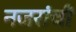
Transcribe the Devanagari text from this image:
नजरांची